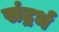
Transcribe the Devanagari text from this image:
संद्रर्भ